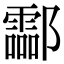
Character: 酃